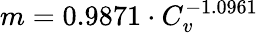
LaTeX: m=0.9871\cdot C_{v}^{-1.0961}